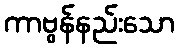
ကာဗွန်နည်းသော